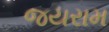
જયરામ